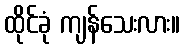
ထိုင်ခုံ ကျန်သေးလား။